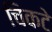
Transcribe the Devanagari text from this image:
चिकटे